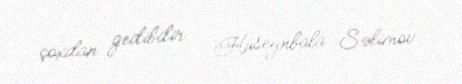
çoxdan gedibdir... Hüseynbala Səlimov.